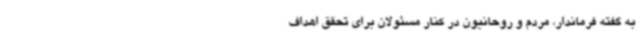
به گفته فرماندار، مردم و روحانیون در کنار مسئولان برای تحقق اهداف